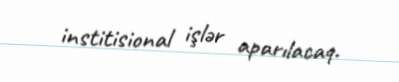
institisional işlər aparılacaq.